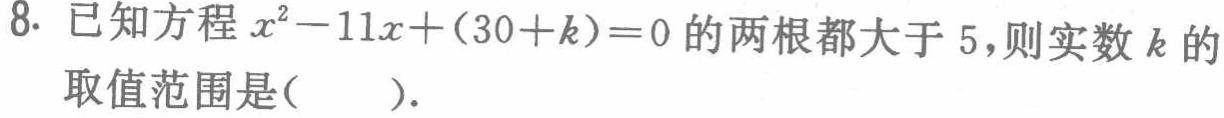
8. 已知方程$x^{2}-11x+(30 + k)=0$的两根都大于$5$，则实数$k$的取值范围是( ).